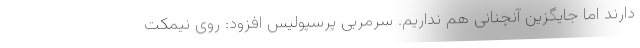
دارند اما جایگزین آنچنانی هم نداریم. سرمربی پرسپولیس افزود: روی نیمکت